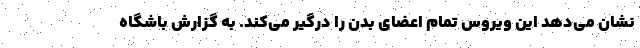
نشان می‌دهد این ویروس تمام اعضای بدن را درگیر می‌کند. به گزارش باشگاه